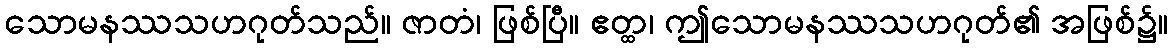
သောမနဿသဟဂုတ်သည်။ ဇာတံ၊ ဖြစ်ပြီ။ ဧတ္ထ၊ ဤသောမနဿသဟဂုတ်၏ အဖြစ်၌။